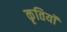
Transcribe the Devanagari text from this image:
कृतियॉं